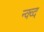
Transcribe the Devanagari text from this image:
न्क्व्द